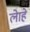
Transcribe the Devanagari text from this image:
लेाहे